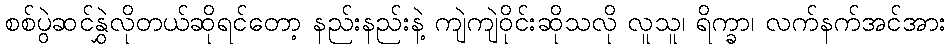
စစ်ပွဲဆင်နွှဲလိုတယ်ဆိုရင်တော့ နည်းနည်းနဲ့ ကျဲကျဲဝိုင်းဆိုသလို လူသူ၊ ရိက္ခာ၊ လက်နက်အင်အား